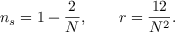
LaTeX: n _ { s } = 1 - { \frac { 2 } { N } } , \quad \quad r = { \frac { 1 2 } { N ^ { 2 } } } .